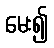
မေး၍